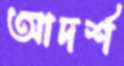
আদর্শ